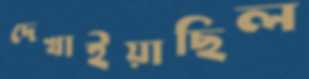
দেখাইয়াছিল